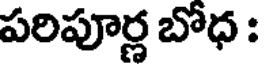
పరిపూర్ణ బోధ :